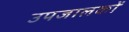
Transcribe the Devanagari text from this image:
उपजालकों